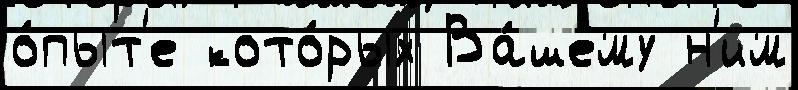
о́пыт'е кото́рых Ва́шему н'им